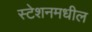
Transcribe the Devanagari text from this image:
स्टेशनमधील